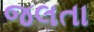
જલતા